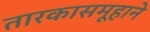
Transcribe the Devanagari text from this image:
तारकासमूहाने